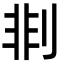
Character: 剕